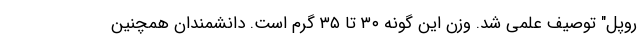
روپل" توصیف علمی شد. وزن این گونه ۳۰ تا ۳۵ گرم است. دانشمندان همچنین